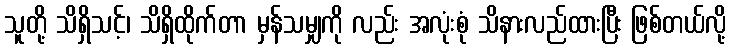
သူတို့ သိရှိသင့်၊ သိရှိထိုက်တာ မှန်သမျှကို လည်း အလုံးစုံ သိနားလည်ထားပြီး ဖြစ်တယ်လို့